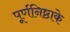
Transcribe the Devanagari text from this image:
पूर्णनिष्ठाके